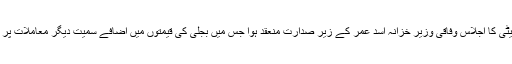
اقتصادی رابطہ کمیٹی کا اجلاس وفاقی وزیرِ خزانہ اسد عمر کے زیرِ صدارت منعقد ہوا جس میں بجلی کی قیمتوں میں اضافے سمیت دیگر معاملات پر بات چیت کی گئی۔